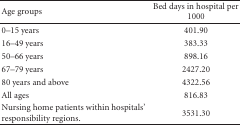
<table><thead><tr><td><b>Age groups</b></td><td><b>Bed days in hospital per 1000</b></td></tr></thead><tbody><tr><td>0–15 years</td><td>401.90</td></tr><tr><td>16–49 years</td><td>383.33</td></tr><tr><td>50–66 years</td><td>898.16</td></tr><tr><td>67–79 years</td><td>2427.20</td></tr><tr><td>80 years and above</td><td>4322.56</td></tr><tr><td>All ages</td><td>816.83</td></tr><tr><td>Nursing home patients within hospitals' responsibility regions.</td><td>3531.30</td></tr></tbody></table>